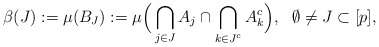
\begin{align*}\beta(J):= \mu(B_J):= \mu\Big( \bigcap_{j\in J} A_j \cap\bigcap_{k\in J^c} A_k^c \Big),\ \ \emptyset\not=J\subset [p],\end{align*}